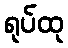
ရုပ်ထု